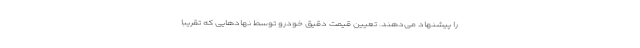
را پیشنهاد می‌دهند. تعیین قیمت دقیق خودرو توسط نهادهایی که تقریبا